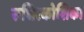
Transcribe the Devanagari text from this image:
रुधिरकोशिका